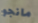
مانجو